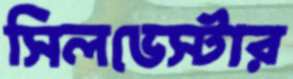
সিলভেস্টার